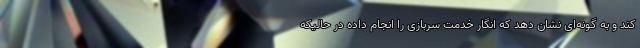
کند و به گونه‌ای نشان دهد که انگار خدمت سربازی را انجام داده در حالیکه